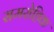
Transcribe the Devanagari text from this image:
समरोहिक